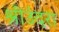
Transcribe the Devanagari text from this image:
श्रीउंदरा